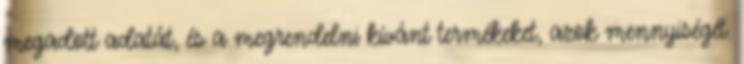
megadott adatát, és a megrendelni kívánt termékeket, azok mennyiségét.